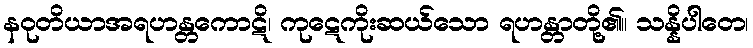
နဝုတိယာအရဟန္တကောဋိ၊ ကုဋေကိုးဆယ်သော ရဟန္တာတို့၏။ သန္နိပါတေ၊